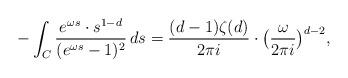
LaTeX: \begin{align*}-\int_C \frac{e^{\omega s} \cdot s^{1-d}}{(e^{\omega s}-1)^2}\, ds = \frac{(d-1)\zeta(d)}{2 \pi i} \cdot \big(\frac{\omega}{2\pi i}\big)^{d-2},\end{align*}